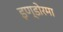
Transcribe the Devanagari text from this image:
इण्डोरमा